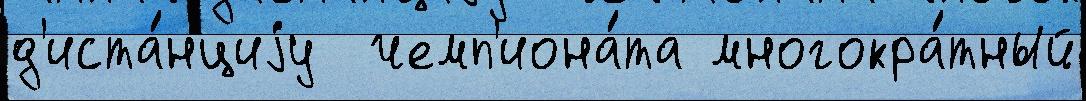
д'иста́нциjу  чемп'иона́та многокра́тный